Scottish Leaving Certificate Examination, 1959
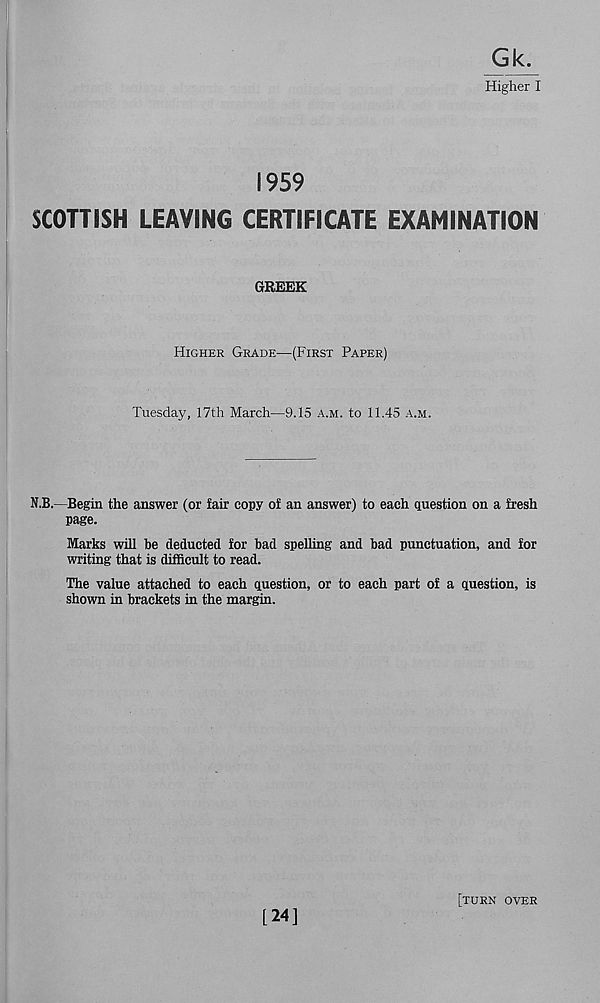
Gk.
Higher I
1959
SCOTTISH LEAVING CERTIFICATE EXAMINATION
GREEK
Higher Grade—(First Paper)
Tuesday, 17th March—9.15 a.m. to 11.45 a.m.
N.B.—Begin the answer (or fair copy of an answer) to each question on a fresh
page.
Marks will be deducted for bad spelling and bad punctuation, and for
writing that is difficult to read.
The value attached to each question, or to each part of a question, is
shown in brackets in the margin.
[turn over
[24]